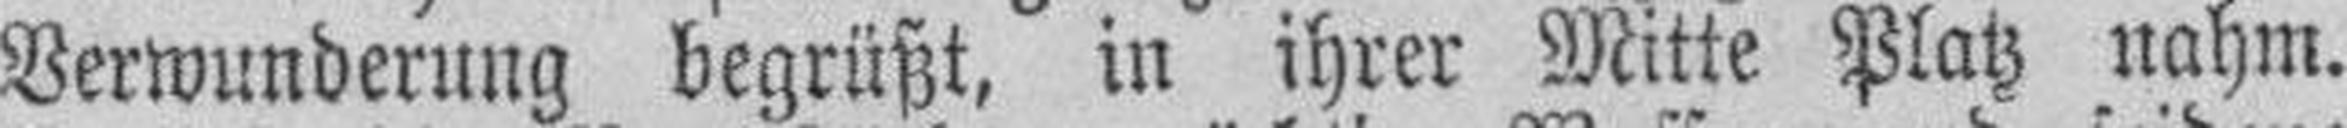
Berwundcruug begrüßt, in ihrer Mitte Platz nahm.